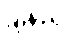
ချိန်ညှိ